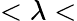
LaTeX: <\lambda<